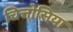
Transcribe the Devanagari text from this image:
चित्तोसिया